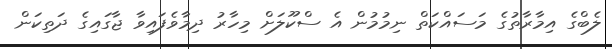
ލެބްގެ އިމާރާތުގެ މަސައްކަތް ނިމުމުން އެ ސްކޫލަށް މިހާރު ދިމާވެފައިވާ ޖާގައިގެ ދަތިކަން